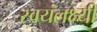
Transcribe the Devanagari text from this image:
स्वयंलक्ष्यी